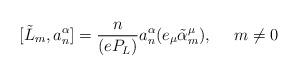
LaTeX: \begin{align*}[\tilde{L}_{m},a^{\alpha}_{n}] = \frac{n}{(eP_{L})} a^{\alpha}_{n} (e_{\mu}\tilde{\alpha}^{\mu}_{m}),~~~~ m\neq 0\end{align*}